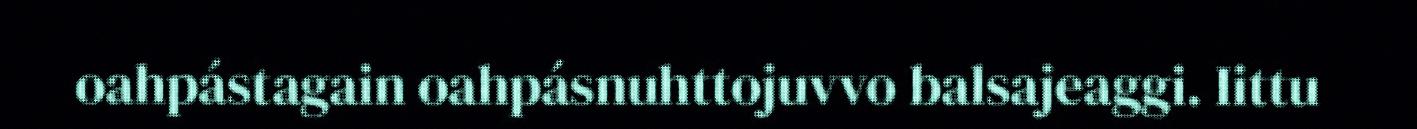
oahpástagain oahpásnuhttojuvvo balsajeaggi. Iittu